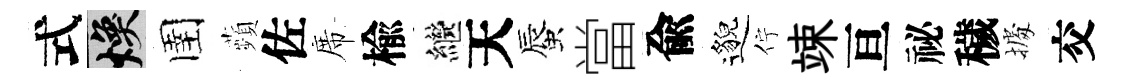
式焕圉蘋佐席楡繼天蜃當兪邈佇竦亘祕穢𢴃交